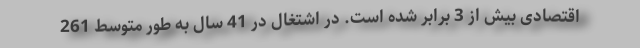
اقتصادی بیش از 3 برابر شده است. در اشتغال در 41 سال به طور متوسط 261